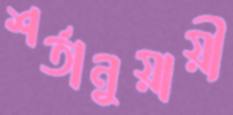
শর্তানুয়ায়ী